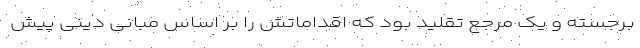
برجسته و یک مرجع تقلید بود که اقداماتش را بر اساس مبانی دینی پیش